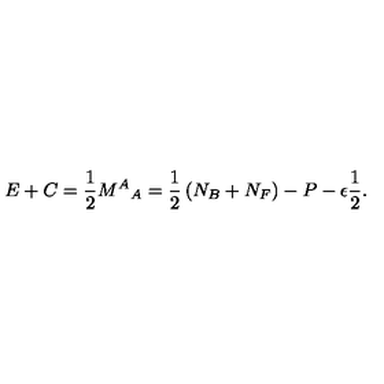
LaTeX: E + C = \frac { 1 } { 2 } { M ^ { A } } _ { A } = \frac { 1 } { 2 } \left( N _ { B } + N _ { F } \right) - P - \epsilon \frac { 1 } { 2 } .